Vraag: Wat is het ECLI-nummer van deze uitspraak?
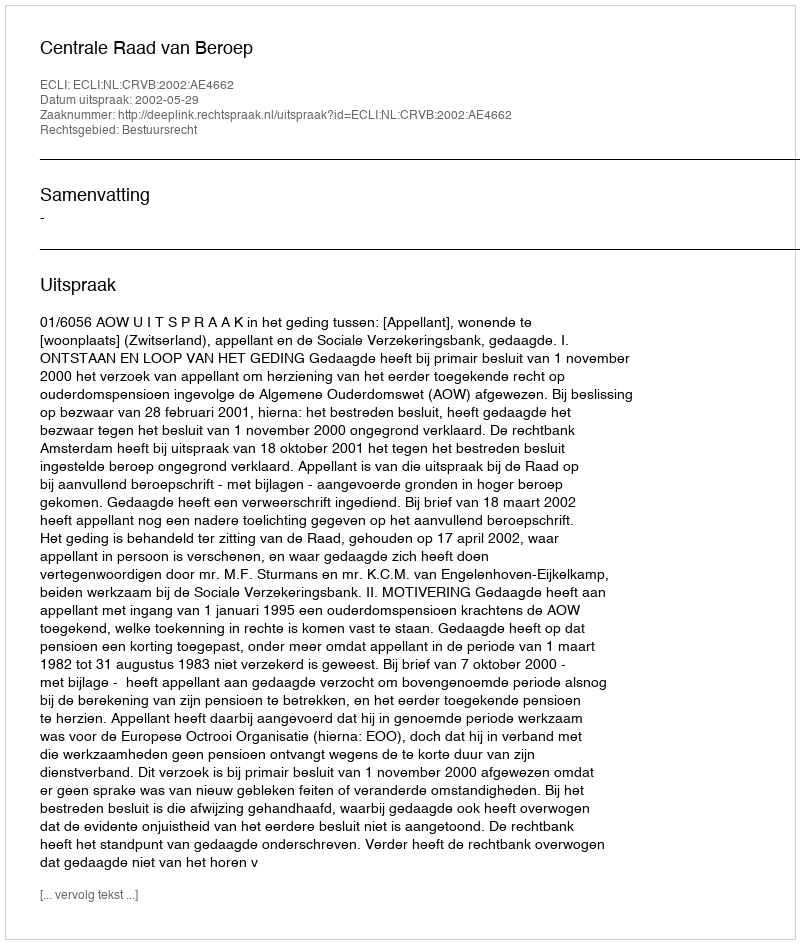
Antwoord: ECLI:NL:CRVB:2002:AE4662